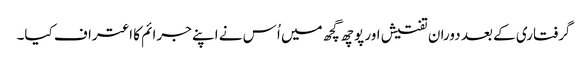
گرفتاری کے بعد دوران تفتیش اور پوچھ گچھ میں اُس نے اپنے جرائم کا اعتراف کیا۔